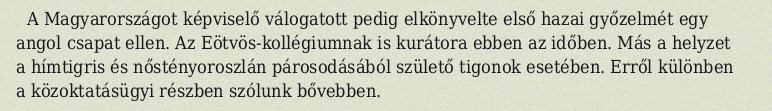
A Magyarországot képviselő válogatott pedig elkönyvelte első hazai győzelmét egy angol csapat ellen. Az Eötvös-kollégiumnak is kurátora ebben az időben. Más a helyzet a hímtigris és nőstényoroszlán párosodásából születő tigonok esetében. Erről különben a közoktatásügyi részben szólunk bővebben.